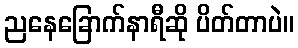
ညနေခြောက်နာရီဆို ပိတ်တာပဲ။